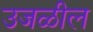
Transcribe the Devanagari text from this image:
उजळील